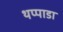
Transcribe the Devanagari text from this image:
थप्पाडा